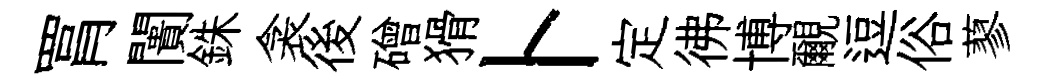
罥闠銖衾後磳猾卜定彿博覼逗俗蓼